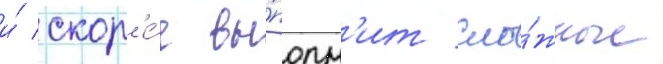
и́ скор'е́е вы́полн'ит сло́жные